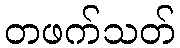
တဖက်သတ်